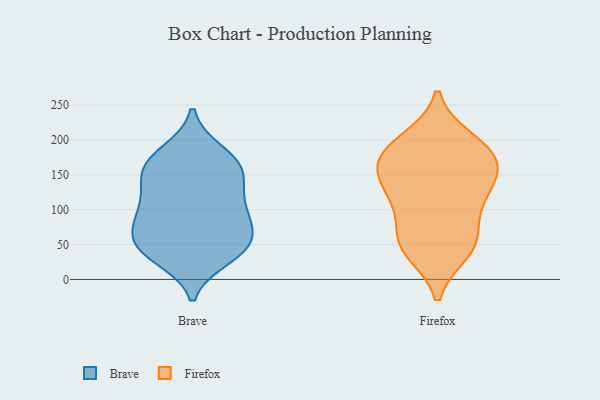
{"axis": {"x": "Bounce Rate (%)", "y": "Value"}, "legend": ["Brave", "Firefox"], "data": [{"x": "", "y": 86, "type": "Brave"}, {"x": "", "y": 39, "type": "Brave"}, {"x": "", "y": 148, "type": "Brave"}, {"x": "", "y": 182, "type": "Brave"}, {"x": "", "y": 160, "type": "Brave"}, {"x": "", "y": 44, "type": "Brave"}, {"x": "", "y": 58, "type": "Brave"}, {"x": "", "y": 48, "type": "Brave"}, {"x": "", "y": 32, "type": "Brave"}, {"x": "", "y": 84, "type": "Brave"}, {"x": "", "y": 177, "type": "Brave"}, {"x": "", "y": 156, "type": "Brave"}, {"x": "", "y": 57, "type": "Brave"}, {"x": "", "y": 114, "type": "Brave"}, {"x": "", "y": 99, "type": "Brave"}, {"x": "", "y": 151, "type": "Brave"}, {"x": "", "y": 107, "type": "Brave"}, {"x": "", "y": 161, "type": "Firefox"}, {"x": "", "y": 188, "type": "Firefox"}, {"x": "", "y": 59, "type": "Firefox"}, {"x": "", "y": 106, "type": "Firefox"}, {"x": "", "y": 48, "type": "Firefox"}, {"x": "", "y": 134, "type": "Firefox"}, {"x": "", "y": 53, "type": "Firefox"}, {"x": "", "y": 186, "type": "Firefox"}, {"x": "", "y": 41, "type": "Firefox"}, {"x": "", "y": 138, "type": "Firefox"}, {"x": "", "y": 158, "type": "Firefox"}, {"x": "", "y": 175, "type": "Firefox"}, {"x": "", "y": 111, "type": "Firefox"}, {"x": "", "y": 199, "type": "Firefox"}]}